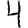
Digit: 4